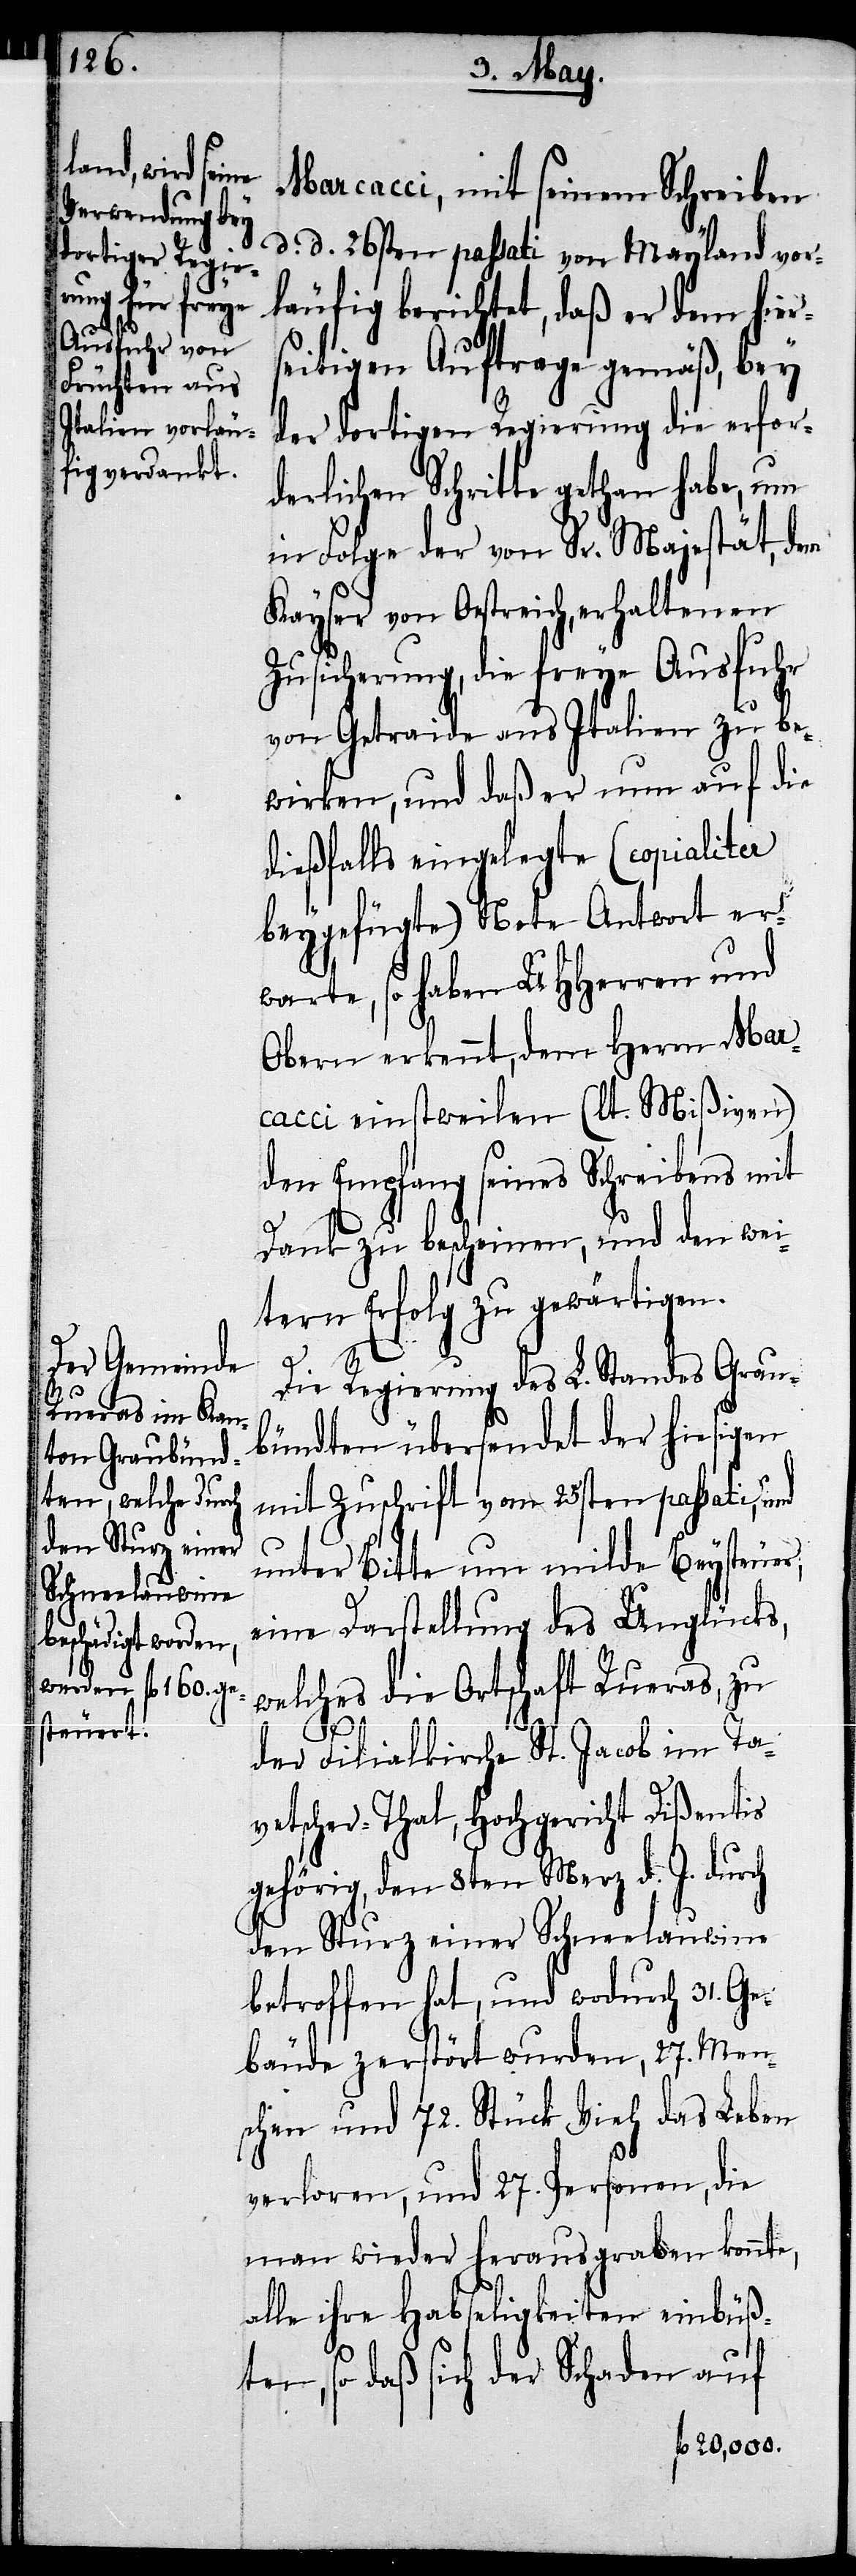
Marcacci, mit seinem Schreiben
berichtet, daß er dem hier¬
seitigen Auftrage gemäß, bey
der dortigen Regierung die erfor¬
derlichen Schritte gethan habe, um
in Folge der von Sr. Majestät, dem
Kayser von Oestreich, erhaltenen
Zusicherung, die freye Ausfuhr
von Getraide aus Italien zu be¬
wirken, und daß er nun auf die
dießfalls eingelegte (copialiter
beygefügte) Note Antwort er¬
warte, so haben UHHerren und
Obern erkennt, dem Herrn Mar¬
cacci einstweilen (lt. Mißiven)
den Empfang seines Schreibens mit
Dank zu bescheinen, und den wei¬
tern Erfolg zu gewärtigen.
Die Regierung des L. Standes Grau¬
bündten übersendet der hiesigen
mit Zuschrift vom 25sten passati,
unter Bitte um milde Beysteuer,
eine Darstellung des Unglücks,
welches die Ortschaft Rueras, zu
e,
d.
der Filialkirche St. Jacob im Ta¬
vetscher-Thal, Hochgericht Dißentis
gehörig, den 8ten Merz d. J. durch
den Sturz einer Schneelauwine
betroffen hat, und wodurch 31. Ge¬
bäude zerstört wurden, 27. Men¬
schen und 72. Stück Vieh das Leben
verloren, und 27. Personen, die
man wieder herausgraben konnt¬
alle ihre Habseligkeiten einbüß¬
ten, so daß sich der Schaden auf